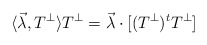
\begin{align*}\langle \vec\lambda, T^{\perp} \rangle T^{\perp}= \vec\lambda \cdot [(T^{\perp})^{t} T^{\perp}] \end{align*}